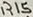
Text: R15